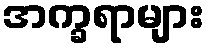
အက္ခရာများ